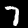
Label: 7